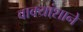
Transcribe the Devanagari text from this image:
वाक्यांशाने